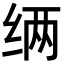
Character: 𮉧